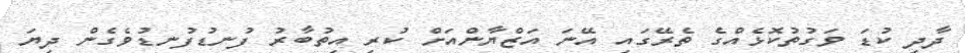
ދާދި ކުޑަ ވަގުތުކޮޅެއްގެ ތެރޭގައި އޭނަ އަޒްޔާންއަށް ކުރި އިތުބާރު ފުނޑުފުނޑުވެގެން ދިޔަ